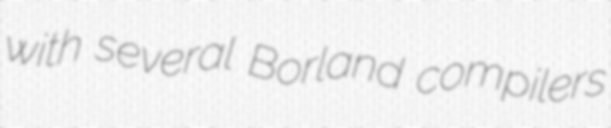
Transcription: with several Borland compilers